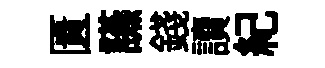
匱讌錢讀紀